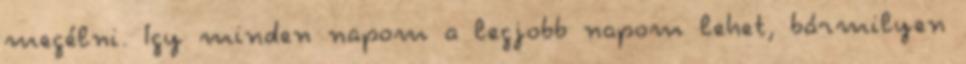
megélni. Így minden napom a legjobb napom lehet, bármilyen